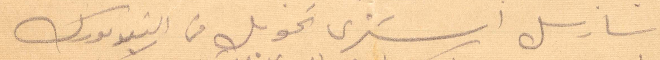
سارسل اشتري تحويل من النيويورك